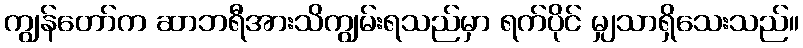
ကျွန်တော်က ဆာဘရီအားသိကျွမ်းရသည်မှာ ရက်ပိုင် မျှသာရှိသေးသည်။